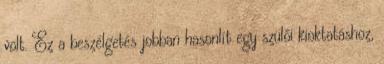
volt. Ez a beszélgetés jobban hasonlít egy szülői kioktatáshoz,